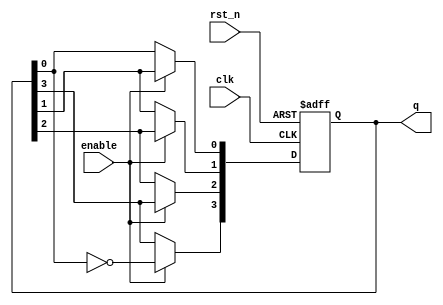
module johnson_counter (
    input wire clk,          // Clock input
    input wire rst_n,       // Active-low reset
    input wire enable,      // Enable signal
    output reg [3:0] q      // 4-bit output representing the current state
);

    // Always block triggered on the rising edge of the clock
    always @(posedge clk or negedge rst_n) begin
        if (!rst_n) begin
            // Asynchronous reset: set counter to 0
            q <= 4'b0000;
        end else if (enable) begin
            // Johnson counter logic
            q[3] <= ~q[0]; // Invert the last flip-flop output and feed it to the first
            q[2] <= q[3];  // Shift the state
            q[1] <= q[2];  // Shift the state
            q[0] <= q[1];  // Shift the state
        end
        // If enable is low, retain the current state
    end

endmodule